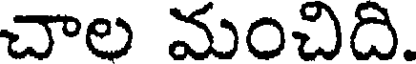
చాల మంచిది.